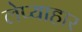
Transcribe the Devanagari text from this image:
लेप्याहार